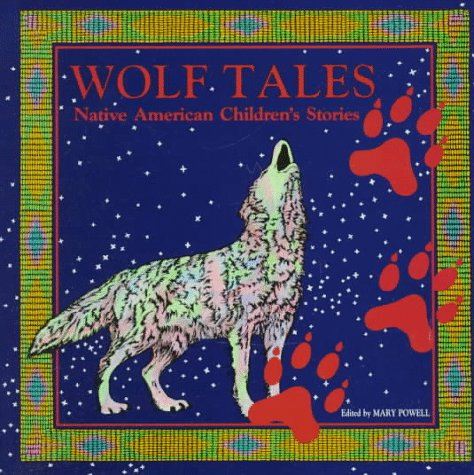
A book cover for Wolf Tales; Children's Books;